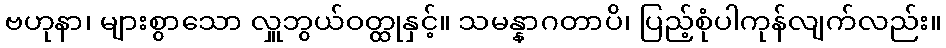
ဗဟုနာ၊ များစွာသော လှူဘွယ်ဝတ္ထုနှင့်။ သမန္နာဂတာပိ၊ ပြည့်စုံပါကုန်လျက်လည်း။